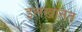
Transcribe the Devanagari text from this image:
इलख़ानत